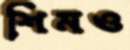
শিমও